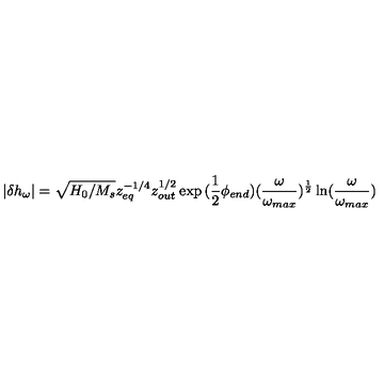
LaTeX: | \delta { h _ { \omega } } | = \sqrt { H _ { 0 } / M _ { s } } z _ { e q } ^ { - 1 / 4 } z _ { o u t } ^ { 1 / 2 } \exp { ( \frac { 1 } { 2 } \phi _ { e n d } ) } ( { \frac { \omega } { \omega _ { m a x } } } ) ^ { \frac { 1 } { 2 } } \ln ( { \frac { \omega } { \omega _ { m a x } } } )